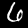
Label: 6